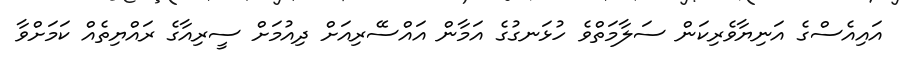
އައިއެސްގެ އަނިޔާވެރިކަން ސަލާމަތްވެ ހުޅަނގުގެ އަމާން އައްސޭރިއަށް ދިއުމަށް ސީރިއާގެ ރައްޔިތެއް ކަމަށްވާ